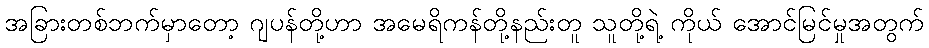
အခြားတစ်ဘက်မှာတော့ ဂျပန်တို့ဟာ အမေရိကန်တို့နည်းတူ သူတို့ရဲ့ ကိုယ် အောင်မြင်မှုအတွက်